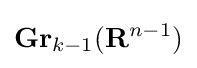
\mathbf {Gr} _{k-1}(\mathbf {R} ^{n-1})